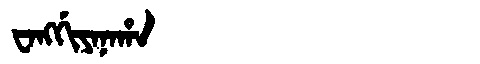
Manchu: ᠸᠠᠩᡤᡳᠶᠠᠨᠠᡥᠠ
Romanization: WANGGIYANAHA